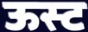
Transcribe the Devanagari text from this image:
ऊस्ट